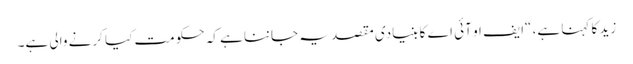
زید کا کہنا ہے، “ایف او آئی اے کا بنیادی مقصد یہ جاننا ہے کہ حکومت کیا کرنے والی ہے۔